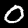
Label: 0